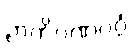
ဉာတိဂဏဝဂ္ဂံ